Vaccination North-Western Provinces and Oudh 1896-1901 - 1896-1901
Year: 1896
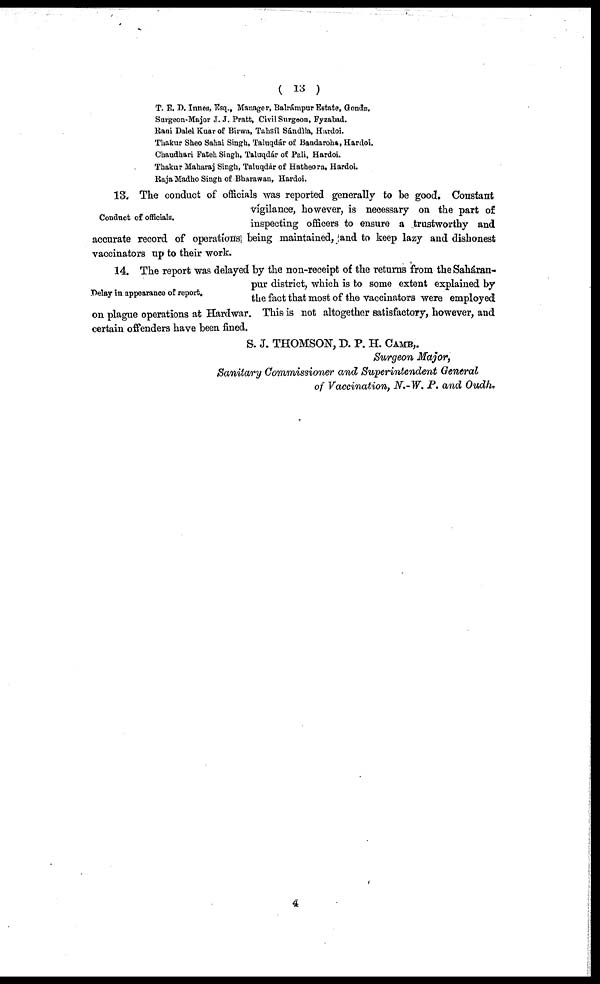
( 13 )
T. E. D. Innes, Esq., Manager, Balrámpur Estate, Gonda,
Surgeon-Major J. J. Pratt, Civil Surgeon, Fyzabad.
Rani Dalel Kuar of Birva, Tahsíl Sándìla, Hardoi.
Thakur Sheo Sahai Singh, Taluqdár of Bandaroha, Hardoi.
Chaudhari Fateh Singh, Taluqdár of Pali, Hardoi.
Thakur Maharaj Singh, Taluqdár of Hatheora, Hardoi.
Raja Madho Singh of Bharawan, Hardoi.
Conduct of officials.
13. The conduct of officials was reported generally to be good. Constant
vigilance, however, is necessary on the part of
inspecting officers to ensure a trustworthy and
accurate record of operations being maintained, and to keep lazy and dishonest
vaccinators up to their work.
Delay in appearance of report.
14. The report was delayed by the non-receipt of the returns from the Saháran-
pur district, which is to some extent explained by
the fact that most of the vaccinators were employed
on plague operations at Hardwar. This is not altogether satisfactory, however, and
certain offenders have been fined.
S. J. THOMSON, D. P. H. CAMB,.
Surgeon Major,
Sanitary Commissioner and Superintendent General
of Vaccination, N.-W. P. and Oudh.
4